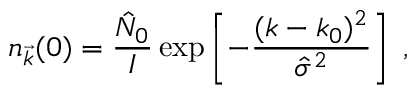
n _ { \vec { k } } ( 0 ) = \frac { { \hat { N } } _ { 0 } } { I } \exp \left[ - \frac { ( k - k _ { 0 } ) ^ { 2 } } { \hat { \sigma } ^ { 2 } } \right] \; ,